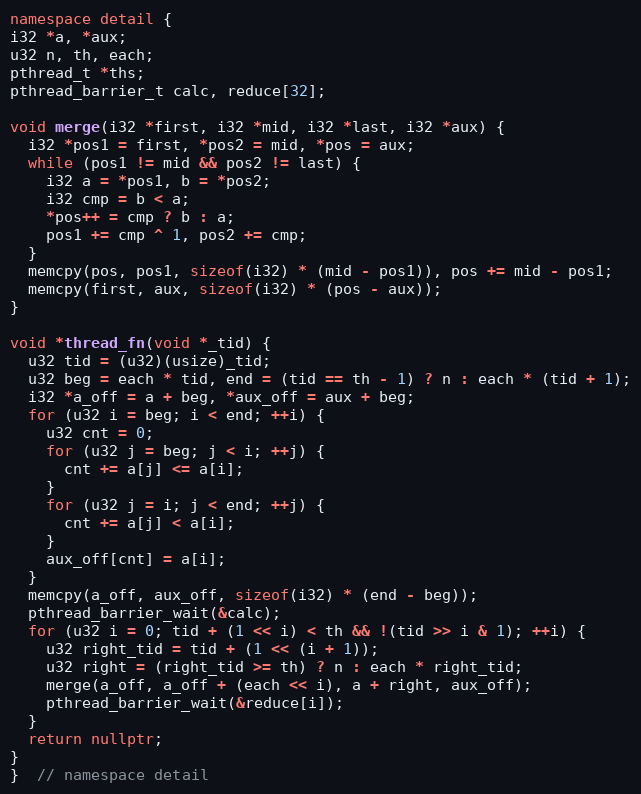
Language: C++
namespace detail {
i32 *a, *aux;
u32 n, th, each;
pthread_t *ths;
pthread_barrier_t calc, reduce[32];

void merge(i32 *first, i32 *mid, i32 *last, i32 *aux) {
  i32 *pos1 = first, *pos2 = mid, *pos = aux;
  while (pos1 != mid && pos2 != last) {
    i32 a = *pos1, b = *pos2;
    i32 cmp = b < a;
    *pos++ = cmp ? b : a;
    pos1 += cmp ^ 1, pos2 += cmp;
  }
  memcpy(pos, pos1, sizeof(i32) * (mid - pos1)), pos += mid - pos1;
  memcpy(first, aux, sizeof(i32) * (pos - aux));
}

void *thread_fn(void *_tid) {
  u32 tid = (u32)(usize)_tid;
  u32 beg = each * tid, end = (tid == th - 1) ? n : each * (tid + 1);
  i32 *a_off = a + beg, *aux_off = aux + beg;
  for (u32 i = beg; i < end; ++i) {
    u32 cnt = 0;
    for (u32 j = beg; j < i; ++j) {
      cnt += a[j] <= a[i];
    }
    for (u32 j = i; j < end; ++j) {
      cnt += a[j] < a[i];
    }
    aux_off[cnt] = a[i];
  }
  memcpy(a_off, aux_off, sizeof(i32) * (end - beg));
  pthread_barrier_wait(&calc);
  for (u32 i = 0; tid + (1 << i) < th && !(tid >> i & 1); ++i) {
    u32 right_tid = tid + (1 << (i + 1));
    u32 right = (right_tid >= th) ? n : each * right_tid;
    merge(a_off, a_off + (each << i), a + right, aux_off);
    pthread_barrier_wait(&reduce[i]);
  }
  return nullptr;
}
}  // namespace detail